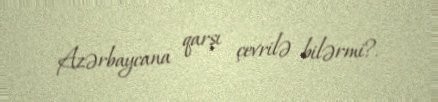
Azərbaycana qarşı çevrilə bilərmi?.